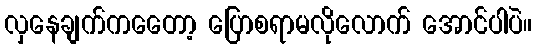
လှနေချက်ကတေော့ ပြောစရာမလိုလောက် အောင်ပါပဲ။